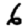
Digit: 6